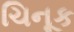
ચિનૂક